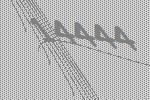
14444